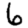
Digit: 6